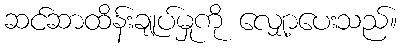
ဆင်ဆာထိန်းချုပ်မှုကို လျှော့ပေးသည်။